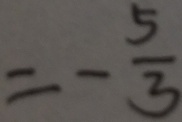
= - \frac { 5 } { 3 }